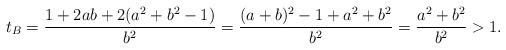
LaTeX: \begin{align*}t_{B} = \frac{1 + 2ab + 2(a^{2} + b^{2} - 1)}{b^{2}} = \frac{(a + b)^{2} - 1 + a^{2} + b^{2}}{b^{2}} = \frac{a^{2} + b^{2}}{b^{2}} > 1.\end{align*}